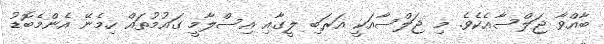
ބާއްވާ ޖަލްސާއެކެވެ. މި ޖަލްސާއަކީ އަރަބި ލީގާއި އިސްލާމީ ގައުމުތައް ހިމެނޭ އެންމެބޮޑު